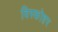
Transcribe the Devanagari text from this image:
विस्कोहर